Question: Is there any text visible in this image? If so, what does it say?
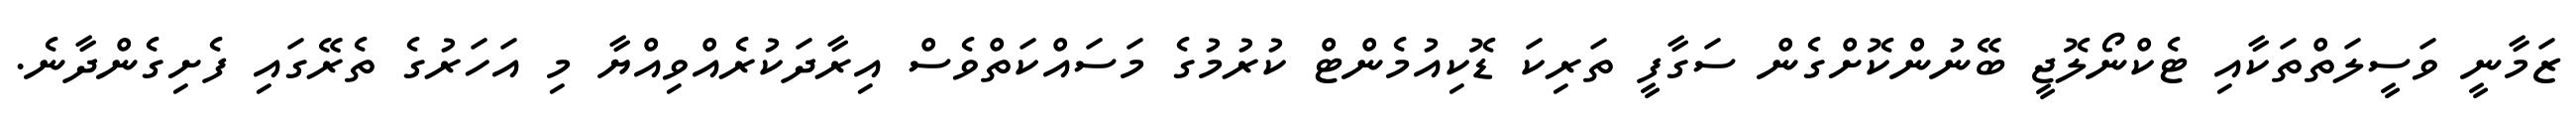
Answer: ޒަމާނީ ވަސީލަތްތަކާއި ޓެކްނޯލޮޖީ ބޭނުންކޮށްގެން ސަގާފީ ތަރިކަ ޑޮކިއުމެންޓް ކުރުމުގެ މަސައްކަތްވެސް އިރާދަކުރެއްވިއްޔާ މި އަހަރުގެ ތެރޭގައި ފެށިގެންދާނެ.